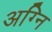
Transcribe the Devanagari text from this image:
अग्‍नि